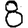
Digit: 8